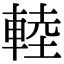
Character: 䡜